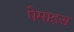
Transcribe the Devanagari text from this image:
पेमाइस